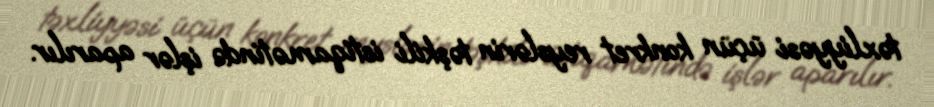
təxliyyəsi üçün konkret reyslərin təşkili istiqamətində işlər aparılır.